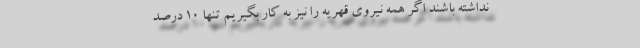
نداشته باشند اگر همه نیروی قهریه را نیز به کار بگیریم تنها 10 درصد